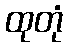
ထုတုံ